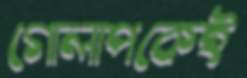
গোলাপকেই